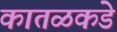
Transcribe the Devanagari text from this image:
कातळकडे